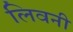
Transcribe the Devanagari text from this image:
लिवनी